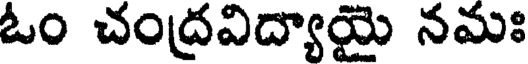
ఓం చంద్రవిద్యాయై నమః